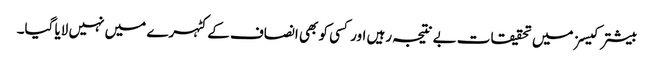
بیشتر کیسز میں تحقیقات بے نتیجہ رہیں اور کسی کو بھی انصاف کے کٹہرے میں نہیں لایا گیا۔